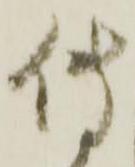
傳